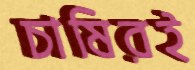
চাষিরই